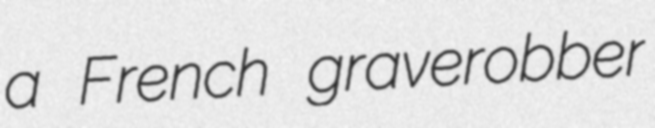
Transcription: a French graverobber